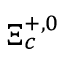
\Xi _ { c } ^ { + , 0 }